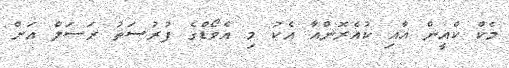
މެކް ކްއީން އާއި ކުއެރޮންއާ އެކު މި އެވޯޑްގެ ފުރުސަތު ރަސަލް އަށް